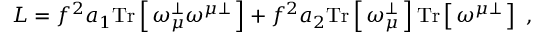
L = f ^ { 2 } a _ { 1 } \mathrm { T r } \left[ \, \omega _ { \mu } ^ { \perp } \omega ^ { \mu \perp } \, \right] + f ^ { 2 } a _ { 2 } \mathrm { T r } \left[ \, \omega _ { \mu } ^ { \perp } \, \right] \mathrm { T r } \left[ \, \omega ^ { \mu \perp } \, \right] \ ,